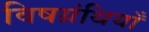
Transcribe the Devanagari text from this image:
विषग्रंथियाँ